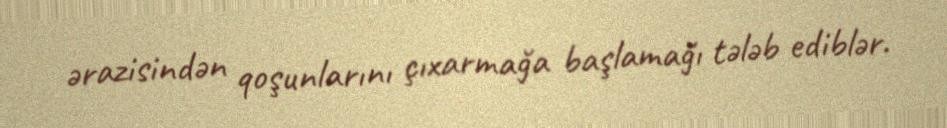
ərazisindən qoşunlarını çıxarmağa başlamağı tələb ediblər.